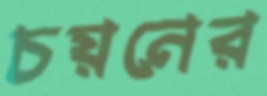
চয়নের